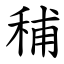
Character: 秿